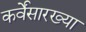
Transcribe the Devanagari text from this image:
कर्वेंसारख्या